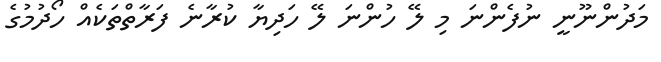
މަދުންނޫނީ ނުފެންނަ މި ލޭ ހުންނަ ލޭ ހަދިޔާ ކުރާނެ ފަރާތްތަކެއް ހޯދުމުގެ